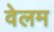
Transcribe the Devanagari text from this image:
वेलम